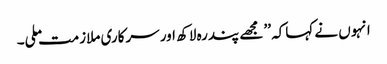
انہوں نے کہاکہ ’’ مجھے پندرہ لاکھ اور سرکاری ملازمت ملی۔